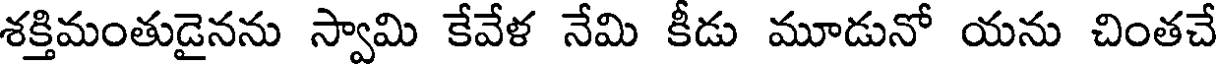
శక్తిమంతుడైనను స్వామి కేవేళ నేమి కీడు మూడునో యను చింతచే